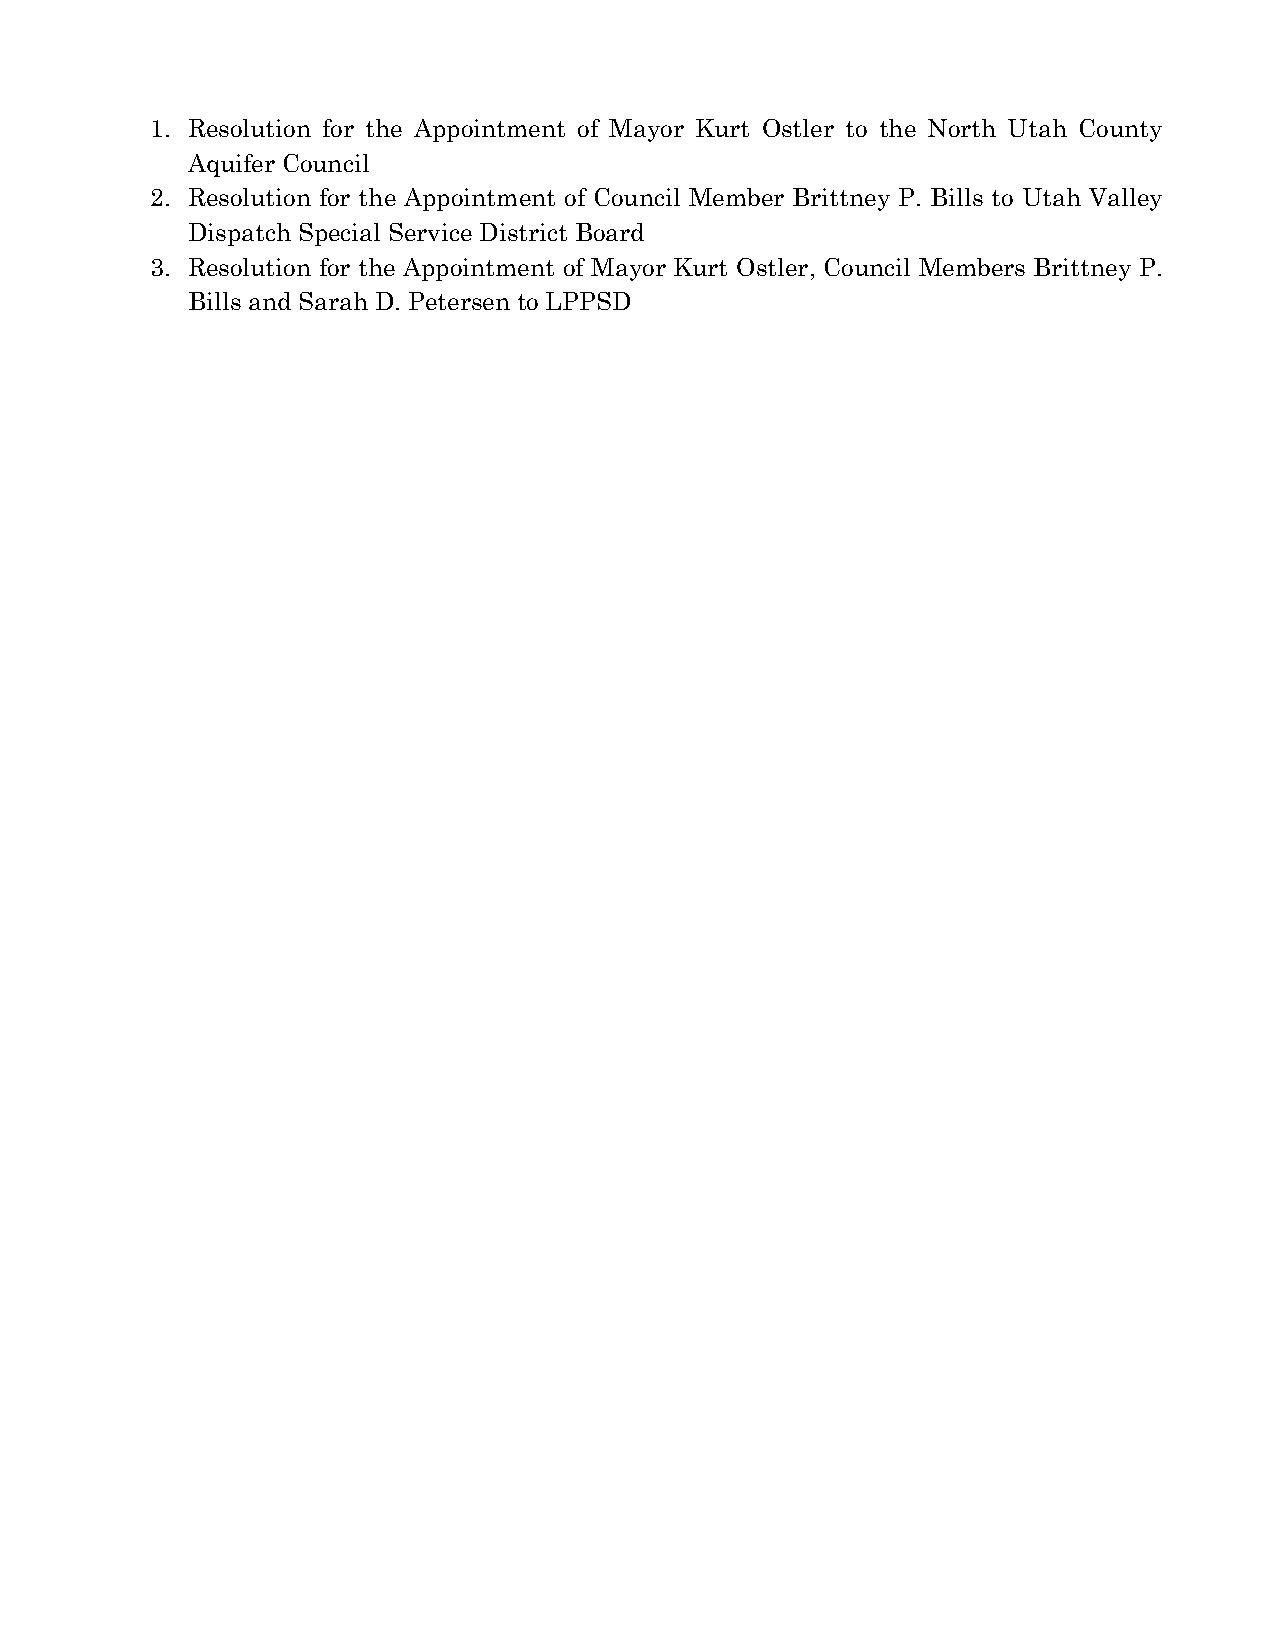
1. Resolution for the Appointment of Mayor Kurt Ostler to the North Utah County
 Aquifer Council
 2. Resolution for the Appointment of Council Member Brittney P. Bills to Utah Valley
 Dispatch Special Service District Board
 3. Resolution for the Appointment of Mayor Kurt Ostler, Council Members Brittney P.
 Bills and Sarah D. Petersen to LPPSD